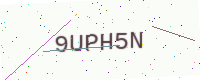
Text: 9UPH5N